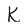
Character: k